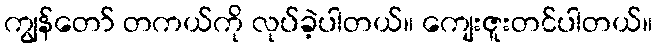
ကျွန်တော် တကယ်ကို လုပ်ခဲ့ပါတယ်။ ကျေးဇူးတင်ပါတယ်။